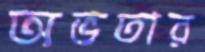
অভতার